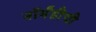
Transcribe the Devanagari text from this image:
नॉर्मंडीची